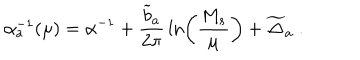
LaTeX: \alpha _ { a } ^ { - 1 } ( \mu ) = \alpha ^ { - 1 } + { \frac { { \widetilde b } _ { a } } { 2 \pi } } \ln \left( { \frac { M _ { s } } { \mu } } \right) + { \widetilde \Delta } _ { a } ~ .